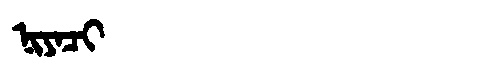
Manchu: ᠨᡳᠶᠠᠴᡳ
Romanization: NIYACI